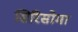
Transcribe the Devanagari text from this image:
सिरिसोमा